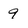
Character: 9